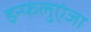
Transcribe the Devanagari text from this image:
इन्फलुएंजा